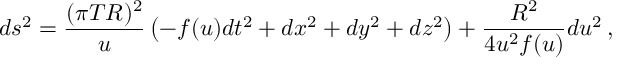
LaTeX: d s ^ { 2 } = \frac { ( \pi T R ) ^ { 2 } } u \left( - f ( u ) d t ^ { 2 } + d x ^ { 2 } + d y ^ { 2 } + d z ^ { 2 } \right) + { \frac { R ^ { 2 } } { 4 u ^ { 2 } f ( u ) } } d u ^ { 2 } \, ,